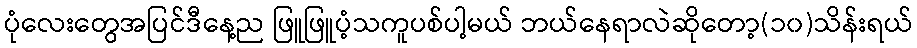
ပုံလေးတွေအပြင်ဒီနေ့ည ဖြူဖြူပံ့သကူပစ်ပါ့မယ် ဘယ်နေရာလဲဆိုတော့(၁၀)သိန်းရယ်